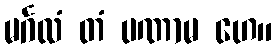
မင်္ဂလံ တံ ပဏာမ ဟေ။